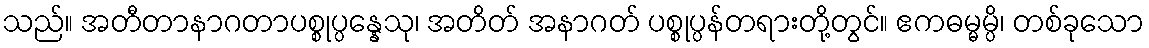
သည်။ အတီတာနာဂတာပစ္စုပ္ပန္နေသု၊ အတိတ် အနာဂတ် ပစ္စုပ္ပန်တရားတို့တွင်။ ဧကဓမ္မမ္ပိ၊ တစ်ခုသော